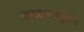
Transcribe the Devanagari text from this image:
बरहानउद्दीन